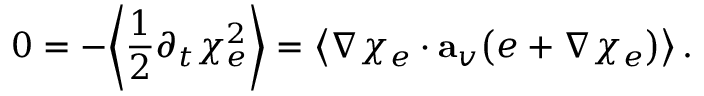
0 = - \mathopen { } \mathclose \bgroup \left\langle \frac 1 2 \partial _ { t } \chi _ { e } ^ { 2 } \aftergroup \egroup \right\rangle = \mathopen { } \mathclose \bgroup \left\langle \nabla \chi _ { e } \cdot \mathbf { a } _ { v } \big ( e + \nabla \chi _ { e } \big ) \aftergroup \egroup \right\rangle \, .